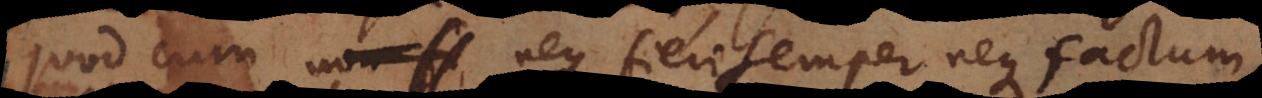
quod cum neque fieri semper neque factum